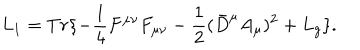
LaTeX: L _ { 1 } = T r \{ - \frac { 1 } { 4 } F ^ { \mu \nu } F _ { \mu \nu } - \frac { 1 } { 2 } ( \bar { D } ^ { \mu } A _ { \mu } ) ^ { 2 } + L _ { g } \} .